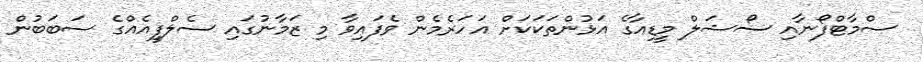
ސްމާޓްފޯނާއި ސޯޝަލް މީޑިއާގެ އަޅުންތަކަކަށް އަހަރެމެން ވެފައިވާ މި ޒަމާނުގައި ސެލްފީއެއްގެ ސަބަބުން